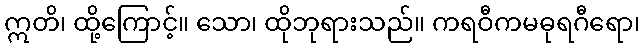
ဣတိ၊ ထို့ကြောင့်။ သော၊ ထိုဘုရားသည်။ ကရဝီကမဓုရဂီရော၊